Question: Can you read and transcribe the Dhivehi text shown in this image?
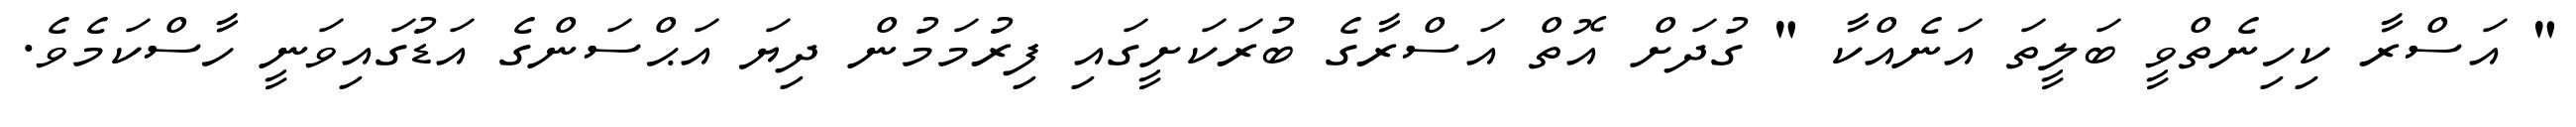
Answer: " އަސްރާ ކިހިނެތްވީ ބަލީތަ އަނެއްކާ " ގުދަށް އޮތް އަސްރާގެ ބުރަކަށީގައި ފިރުމަމުން ދިޔަ އަޙްސަންގެ އަޑުގައިވަނީ ހާސްކަމެވެ.